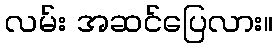
လမ်း အဆင်ပြေလား။